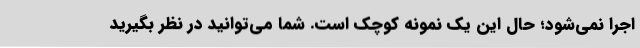
اجرا نمی‌شود؛ حال این یک نمونه کوچک است. شما می‌توانید در نظر بگیرید